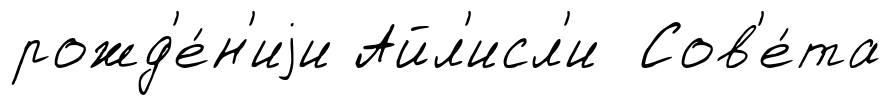
рожд'е́н'иjи Айл'исл'и Сов'е́та